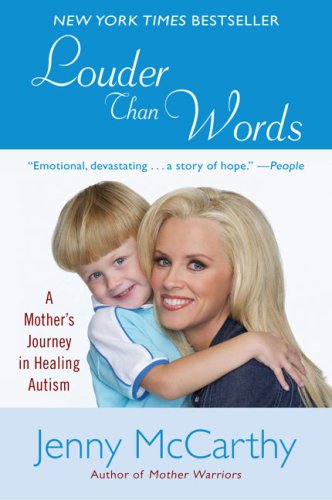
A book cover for Louder Than Words: A Mother's Journey in Healing Autism; Jenny McCarthy; Health, Fitness & Dieting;